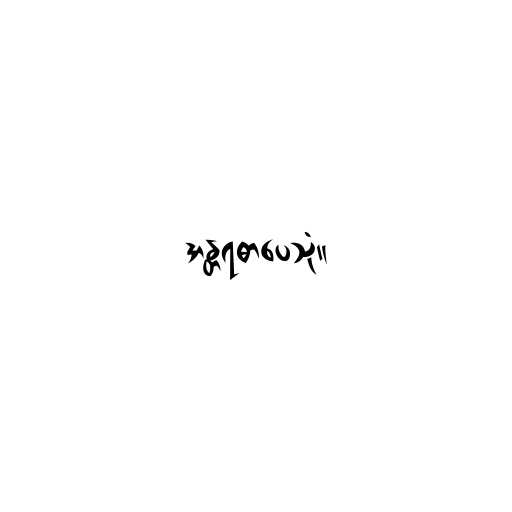
အန္တရဓာပေသုံ။